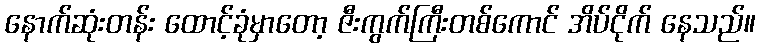
နောက်ဆုံးတန်း ထောင့်ခုံမှာတော့ ဇီးကွက်ကြီးတစ်ကောင် အိပ်ငိုက် နေသည်။